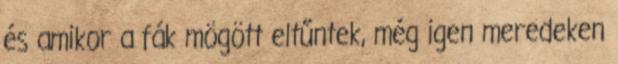
és amikor a fák mögött eltűntek, még igen meredeken